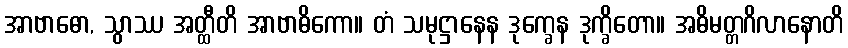
အာဗာဓော, သွာဿ အတ္ထီတိ အာဗာဓိကော။ တံ သမုဋ္ဌာနေန ဒုက္ခေန ဒုက္ခိတော။ အဓိမတ္တဂိလာနောတိ